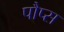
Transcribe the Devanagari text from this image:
पौप्स